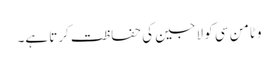
وٹامن سی کو لاجین کی حفاظت کرتا ہے۔